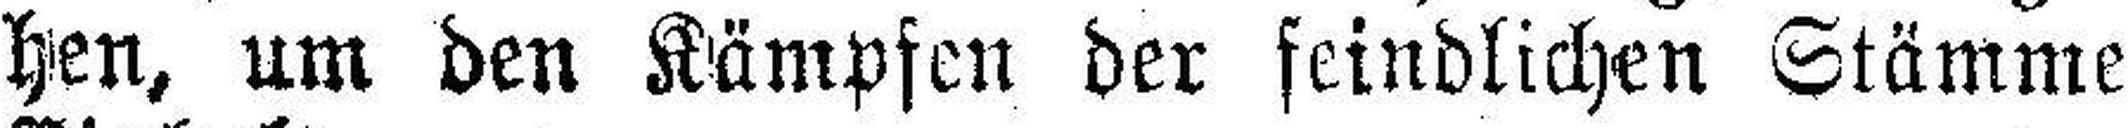
hen, um den Kämpfen der feindlichen Stämme